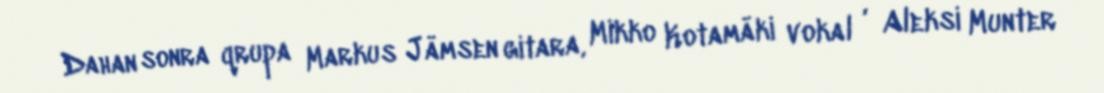
Dahan sonra qrupa Markus Jämsen gitara, Mikko Kotamäki vokal , Aleksi Munter